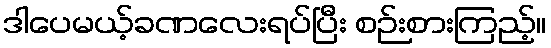
ဒါပေမယ့်ခဏလေးရပ်ပြီး စဉ်းစားကြည့်။